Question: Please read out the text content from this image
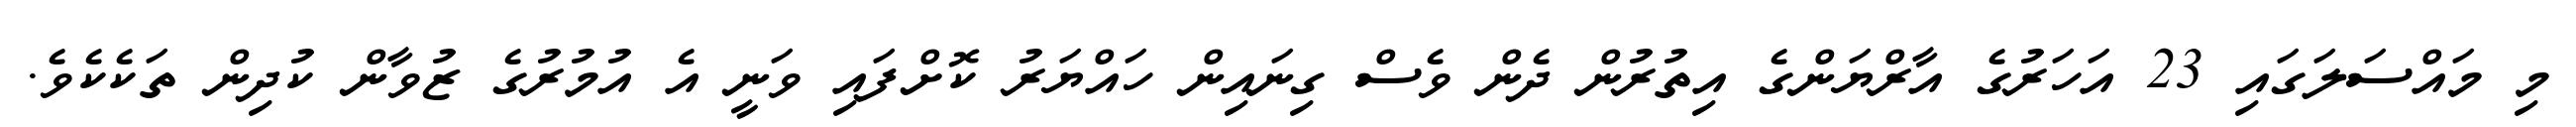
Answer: މި މައްސަލަގައި 23 އަހަރުގެ އާރްޔަންގެ އިތުރުން ދެން ވެސް ގިނައިން ހައްޔަރު ކޮށްފައި ވަނީ އެ އުމުރުގެ ޒުވާން ކުދިން ތަކެކެވެ.